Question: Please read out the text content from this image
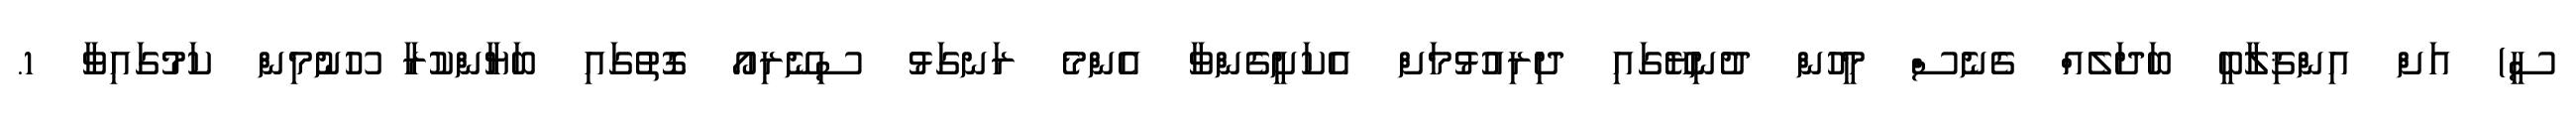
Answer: ސީ) އަށް އިންޤިލާބީ ބަދަލެއް ގެނެސް މީހުން ދުނިޔޭގައި ދިރިއުޅުމަށް އެކަށީގެންވާ އެންމެ ރަނގަޅު ސިނޭރިއޯ ގޮތުގައި ބަޔާންކުރާ ހޫނުމިން ކަމުގައިވާ 1.